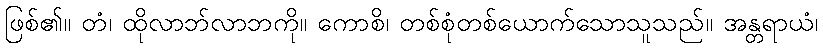
ဖြစ်၏။ တံ၊ ထိုလာဘ်လာဘကို။ ကောစိ၊ တစ်စုံတစ်ယောက်သောသူသည်။ အန္တရာယံ၊